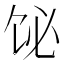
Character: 𫗣